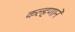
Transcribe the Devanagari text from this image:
कल्हणाने